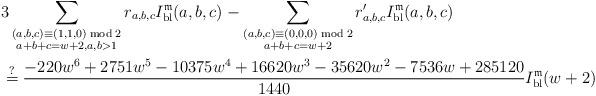
LaTeX: \begin{align*} & 3\sum_{\substack{(a,b,c)\equiv(1,1,0)\bmod{2}\\a+b+c=w+2,a,b>1}}r{}_{a,b,c}I_{{\rm bl}}^{\mathfrak{m}}(a,b,c)-\sum_{\substack{(a,b,c)\equiv(0,0,0)\bmod{2}\\a+b+c=w+2}}r_{a,b,c}'I_{{\rm bl}}^{\mathfrak{m}}(a,b,c) \\ & \overset{?}{=}\frac{-220w^{6}+2751w^{5}-10375w^{4}+16620w^{3}-35620w^{2}-7536w+285120}{1440}I_{{\rm bl}}^{\mathfrak{m}}(w+2)\end{align*}